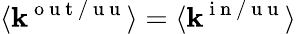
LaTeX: \langle\mathbf{k}^{\mathrm{{~o~u~t~/~u~u~}}}\rangle=\langle\mathbf{k}^{\mathrm{{~i~n~/~u~u~}}}\rangle